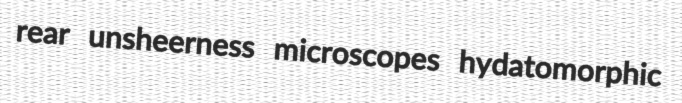
rear unsheerness microscopes hydatomorphic